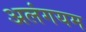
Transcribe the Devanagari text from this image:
अलंगयम